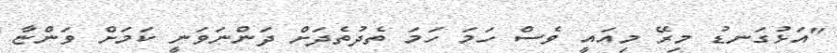
"އަޅުގަނޑު މިރޭ މިއައީ ވެސް ހަމަ ހަމަ ތެދުތެދަށް ދަންނަވަނީ ކަމަށް ވަންޏާ